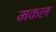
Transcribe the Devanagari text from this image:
मकल